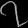
Digit: ၇